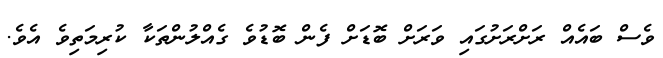
ވެސް ބައެއް ރަށްރަށުގައި ވަރަށް ބޮޑަށް ފެން ބޮޑުވެ ގެއްލުންތަކާ ކުރިމަތިވެ އެވެ.